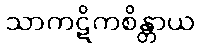
သာကဋိကစိန္တာယ